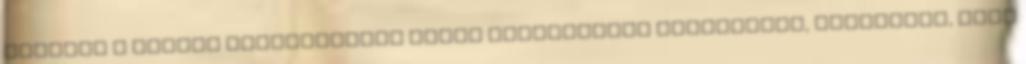
étterem a magyar gasztronómia egyik meghatározó színfoltja, mondhatni, neki